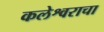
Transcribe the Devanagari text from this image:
कलेश्वराचा